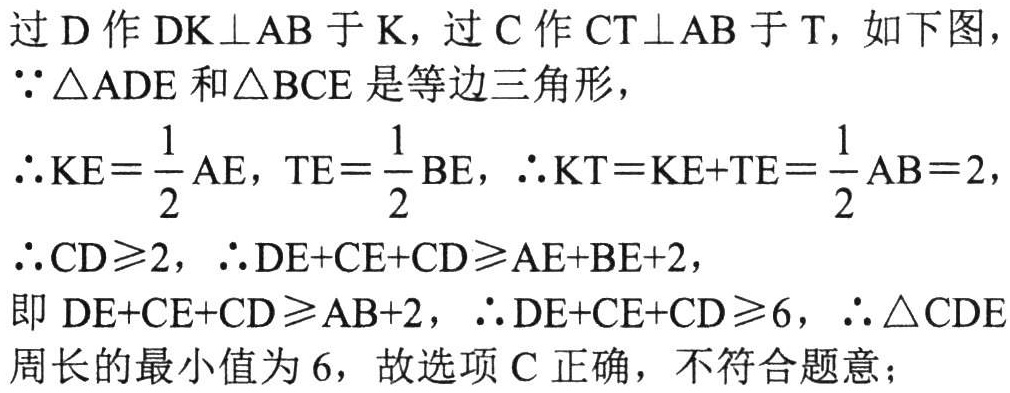
过\(D\)作\(DK\perp AB\)于\(K\)，过\(C\)作\(CT\perp AB\)于\(T\)，如下图，
\(\because\triangle ADE\)和\(\triangle BCE\)是等边三角形，
\(\therefore KE = \frac{1}{2}AE\)，\(TE = \frac{1}{2}BE\)，\(\therefore KT=KE + TE=\frac{1}{2}AB = 2\)，
\(\therefore CD\geqslant2\)，\(\therefore DE + CE+CD\geqslant AE + BE + 2\)，
即\(DE + CE + CD\geqslant AB + 2\)，\(\therefore DE + CE + CD\geqslant6\)，\(\therefore\triangle CDE\)
周长的最小值为\(6\)，故选项\(C\)正确，不符合题意；